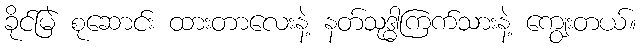
ခိုင်မြဲ စုဆောင်း ထားတာလေးနဲ့ နတ်သုဒ္ဓါကြက်သားနဲ့ ကျွေးတယ်။